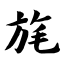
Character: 旄